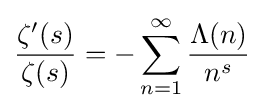
{\frac {\zeta '(s)}{\zeta (s)}}=-\sum _{n=1}^{\infty }{\frac {\Lambda (n)}{n^{s}}}